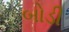
બોડી